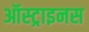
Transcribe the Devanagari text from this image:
ऑस्ट्राइनस